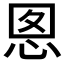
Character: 𭜪